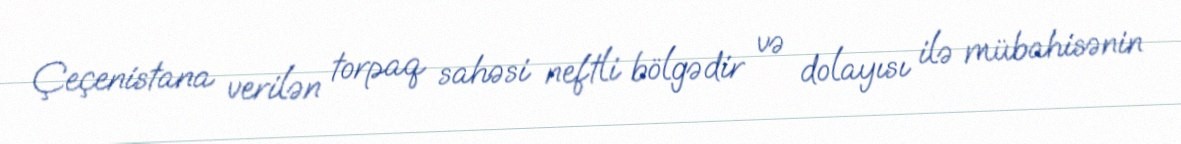
Çeçenistana verilən torpaq sahəsi neftli bölgədir və dolayısı ilə mübahisənin